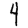
Digit: 4